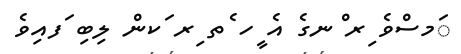
ަމސްވެ ިރ ްނގެ އެ ީހ ެތ ިރ ަކން ލިބި ަފއިވެ